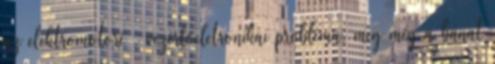
az elektromotoré , vezérlőeletronikai probléma, meg még a bánat